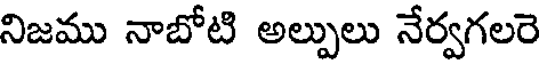
నిజము నాబోటి అల్పులు నేర్వగలరె